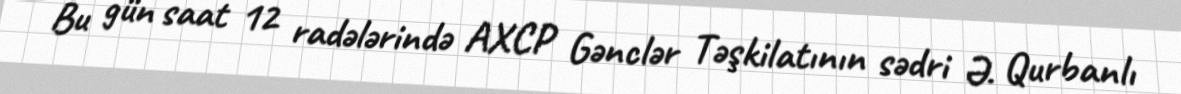
Bu gün saat 12 radələrində AXCP Gənclər Təşkilatının sədri Ə. Qurbanlı